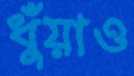
ধুঁয়াও